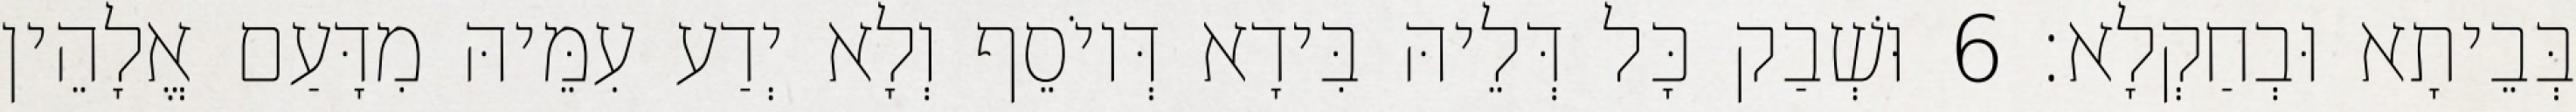
בְּבֵיתָא וּבְחַקְלָא׃ 6 וּשְׁבַק כָּל דְּלֵיהּ בִּידָא דְּיוֹסֵף וְלָא יְדַע עִמֵּיהּ מִדָּעַם אֱלָהֵין